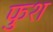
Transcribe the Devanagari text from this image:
फुश